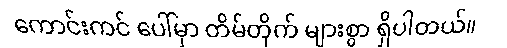
ကောင်းကင် ပေါ်မှာ တိမ်တိုက် များစွာ ရှိပါတယ်။